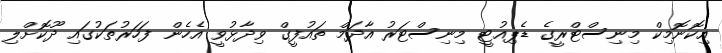
އިކޮނޮމިކް މިނިސްޓްރީގެ ޑެޕިއުޓީ މިނިސްޓަރު އާދަމް ތައުފީގް ވިދާޅުވީ އެހެން ފަހަރުތަކުގައި ދޫކޮށްލި